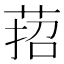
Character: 萔